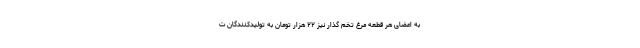
به اعضای هر قطعه مرغ تخم گذار نیز ۲۲ هزار تومان به تولیدکنندگان ت